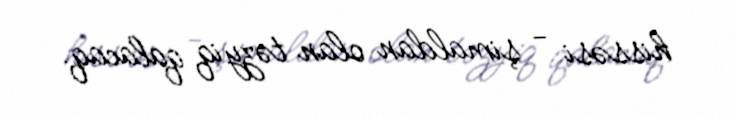
hissəsi - şimaldan olan təzyiq qalacaq.